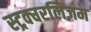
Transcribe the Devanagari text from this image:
स्ट्रक्चरलिज़म